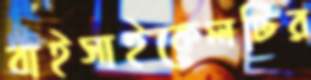
বাইসাইকেলটির